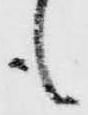
も